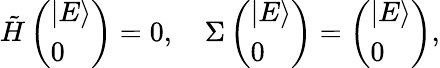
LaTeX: \begin{array}{r}{\tilde{H}\left(\begin{array}{l}{|E\rangle}\\ {0}\end{array}\right)=0,\quad\Sigma\left(\begin{array}{l}{|E\rangle}\\ {0}\end{array}\right)=\left(\begin{array}{l}{|E\rangle}\\ {0}\end{array}\right),}\end{array}